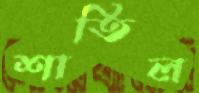
শাতিল